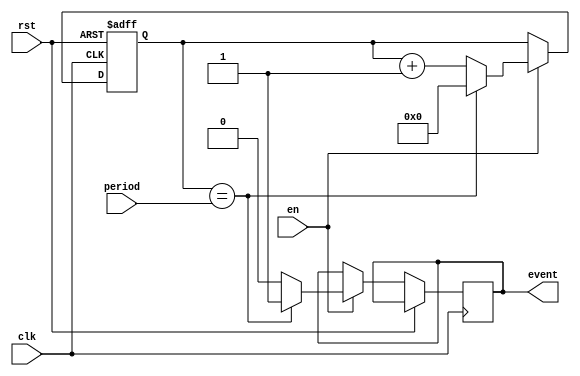
module Event_Timer (
    input wire clk,
    input wire rst,
    input wire en,
    input wire [31:0] period,
    output reg event
);

reg [31:0] counter;
reg [31:0] comparator;

always @(posedge clk or posedge rst) begin
    if (rst) begin
        counter <= 0;
    end else begin
        if (en) begin
            counter <= counter + 1;
            if (counter == period) begin
                counter <= 0;
                event <= 1;
            end else begin
                event <= 0;
            end
        end
    end
end

endmodule